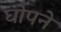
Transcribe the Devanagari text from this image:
घोपने